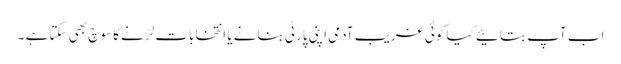
اب آپ بتائیے کیا کوئی غریب آدمی اپنی پارٹی بنانے یا انتخابات لڑنے کا سوچ بھی سکتا ہے ۔